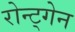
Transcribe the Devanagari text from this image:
रोन्ट्गेेन